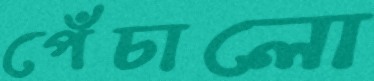
পেঁচালো